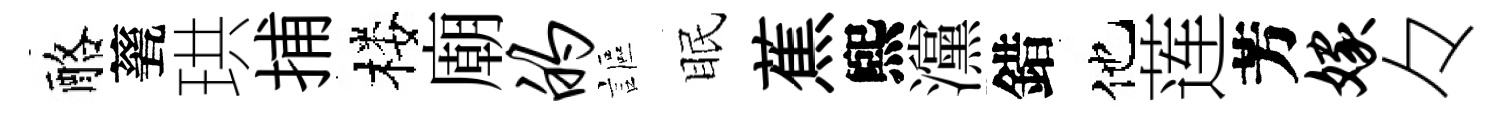
酪甆珙捕楼廟的謳眠蕉煕灙錯他莲芳嫁々